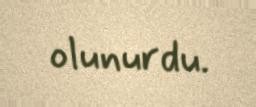
olunurdu.